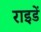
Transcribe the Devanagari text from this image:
राइडें